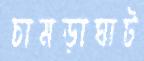
চামড়াঘাট